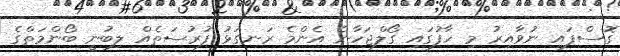
ގޮސްފައި ނުވާއިރު މި ހާފުގައި ގޯލްޖަހާނެ އެންމެ ރަނގަޅު ފުރުސަތެއް ލިބުނީ ބޯންމަތްގެ